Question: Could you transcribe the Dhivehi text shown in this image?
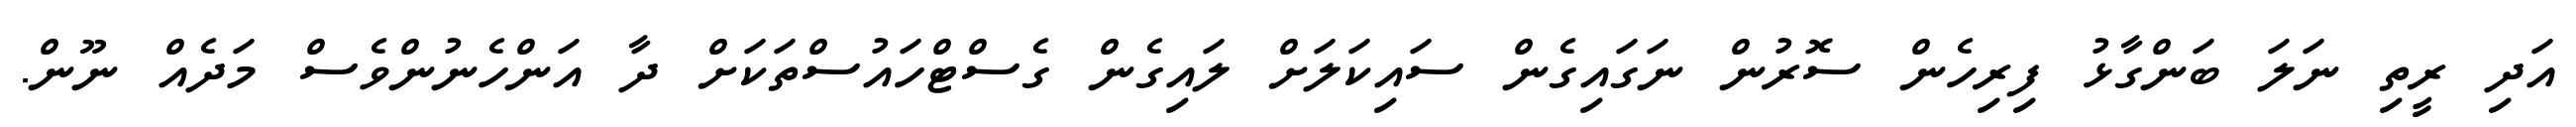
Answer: އަދި ރީތި ނަލަ ބަންގާޅު ފިރިހެން ސޮރުން ނަގައިގެން ސައިކަލަށް ލައިގެން ގެސްޓްހައުސްތަކަށް ދާ އަންހެނުންވެސް މަދެއް ނޫން.